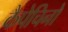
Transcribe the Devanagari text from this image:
कैपेचिनो